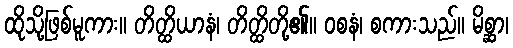
ထိုသို့ဖြစ်မူကား။ တိတ္ထိယာနံ၊ တိတ္ထိတို့၏။ ဝစနံ၊ စကားသည်။ မိစ္ဆာ၊